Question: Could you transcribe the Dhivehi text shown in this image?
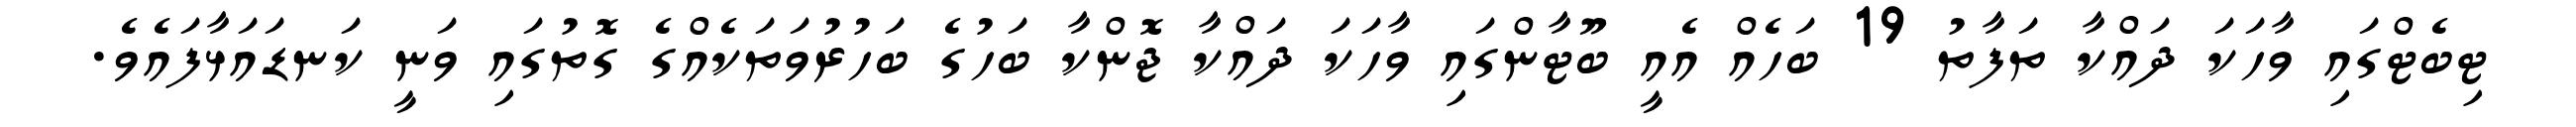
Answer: ޓިބެޓްގައި ވާހަކަ ދައްކާ ތަފާތު 19 ބަހެއް އެއީ ބޫޓާންގައި ވާހަކަ ދައްކާ ޖޮންކާ ބަހުގެ ބަހުރުވަތަކެއްގެ ގޮތުގައި ވަނީ ކަނޑައަޅާފައެވެ.